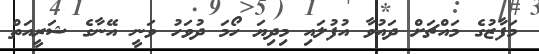
މަފާޒުގެ މައްޗަށް ދައުވާ އުފުލައި މިދިޔަ ހޯމަ ދުވަހު ވަނީ އޭނާގެ ޝަރީއަތް